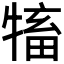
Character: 𤛅